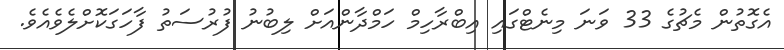
އެގޮތުން މެޗުގެ 33 ވަނަ މިނެޓްގައި އިބްރާހިމް ހަމްދާންއަށް ލިބުނު ފުރުސަތު ފާހަގަކޮށްލެވެއެވެ.